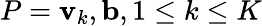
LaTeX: P={\mathbf v}_{k},{\mathbf b},1\le k\le K